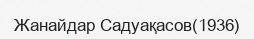
Жанайдар Садуақасов(1936)